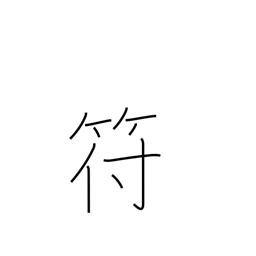
Meaning: tally